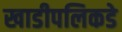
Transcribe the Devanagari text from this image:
खाडीपलिकडे